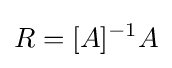
R=[A]^{-1}A